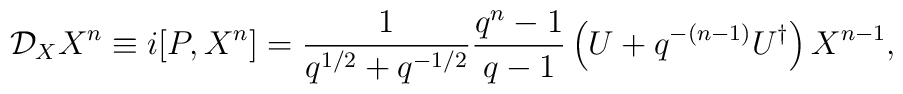
\mathcal{D}_X X^n \equiv i [P,X^n]=\frac{1}{q^{1/2}+q^{-1/2}}\frac{q^n-1}{q-1}\left(U+q^{-(n-1)}U^{\dagger} \right) X^{n-1},